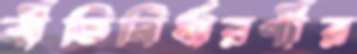
নীতিনির্ধারণীর